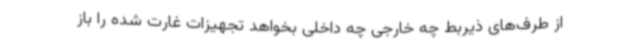
از طرف‌های ذیربط چه خارجی چه داخلی بخواهد تجهیزات غارت شده را باز